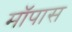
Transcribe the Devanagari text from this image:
मॉपास